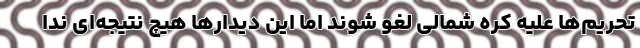
تحریم‌ها علیه کره شمالی لغو شوند اما این دیدارها هیچ نتیجه‌ای ندا